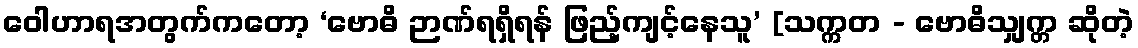
ဝေါဟာရအတွက်ကတော့ ‘ဗောဓိ ဉာဏ်ရရှိရန် ဖြည့်ကျင့်နေသူ’ [သက္ကတ - ဗောဓိသျှက္တ ဆိုတဲ့